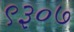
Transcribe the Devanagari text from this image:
९३०७